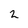
Character: 2